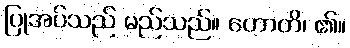
ပြုအပ်သည် မည်သည်။ ဟောတိ၊ ၏။